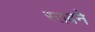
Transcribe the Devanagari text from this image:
स्तवने